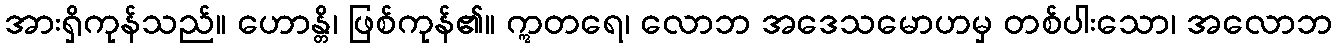
အားရှိကုန်သည်။ ဟောန္တိ၊ ဖြစ်ကုန်၏။ ဣတရေ၊ လောဘ အဒေသမောဟမှ တစ်ပါးသော၊ အလောဘ